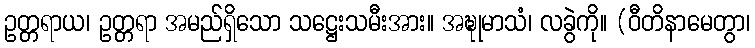
ဥတ္တရာယ၊ ဥတ္တရာ အမည်ရှိသော သဋ္ဌေးသမီးအား။ အဍ္ဎုမာသံ၊ လခွဲကို။ (ဝီတိနာမေတွာ၊